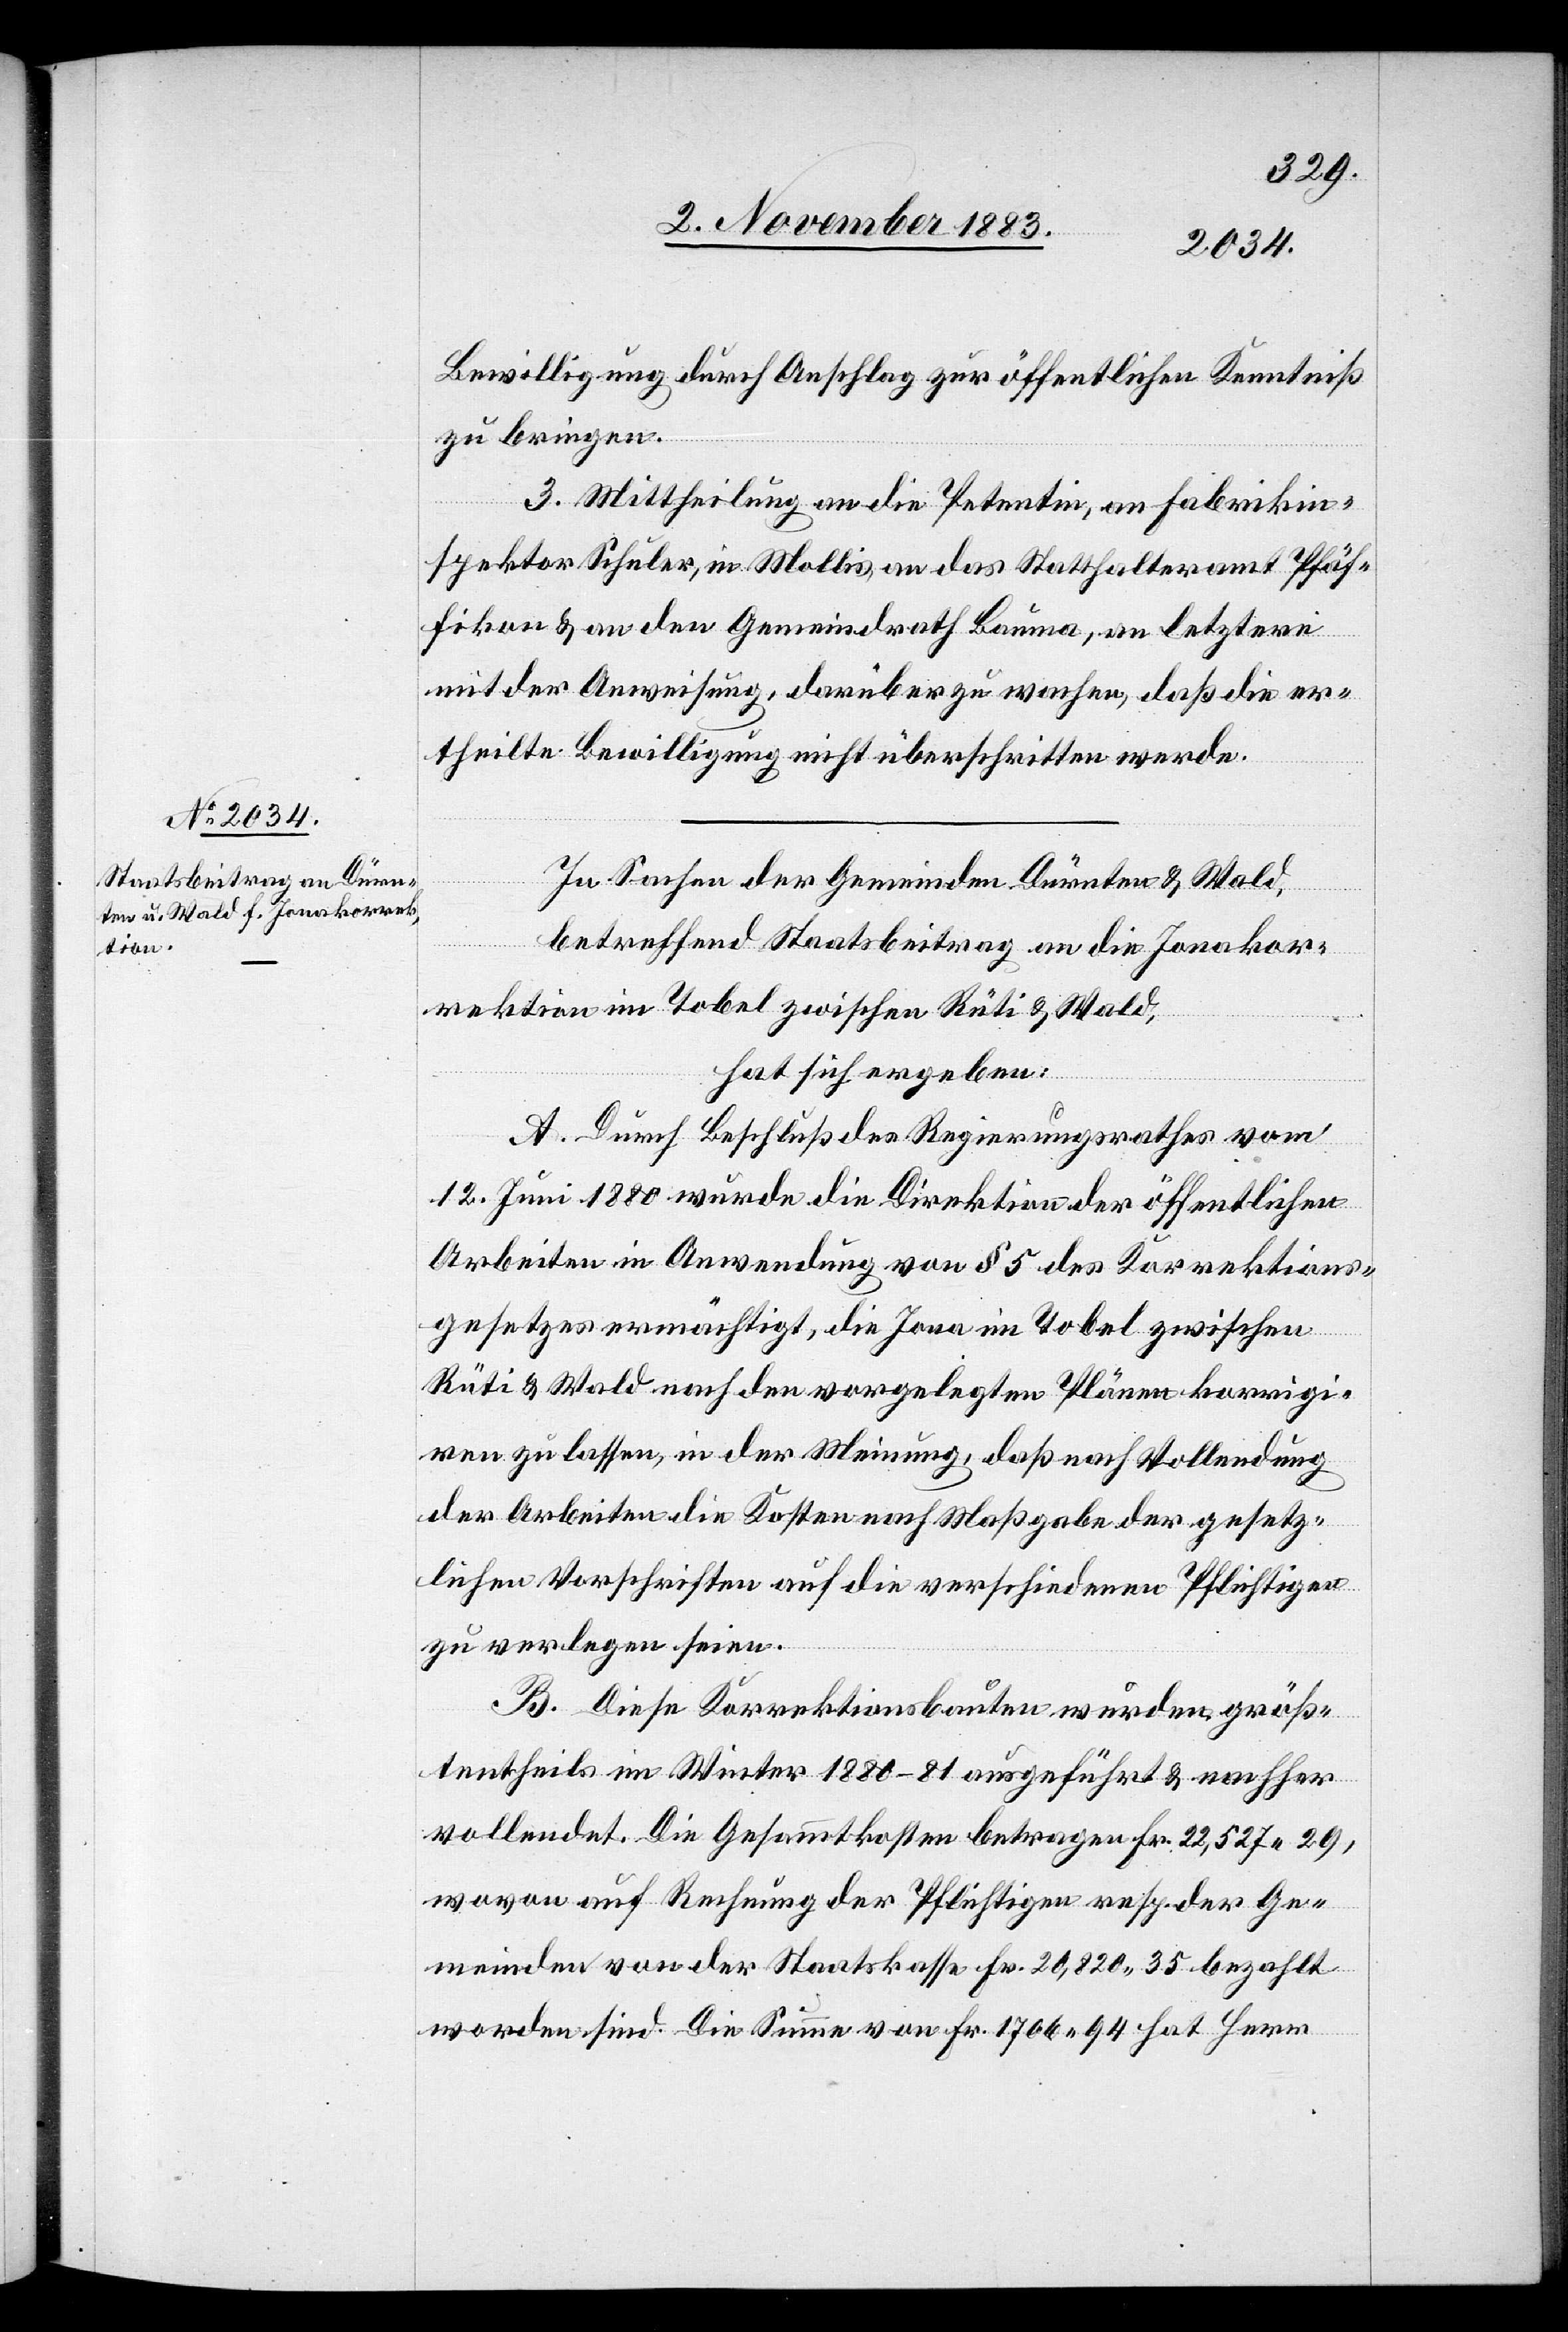
Bewilligung durch Anschlag zur öffentlichen Kenntniß
zu bringen.
3. Mittheilung an die Petentin, an Fabrikin¬
spektor Schuler, in Mollis, an das Statthalteramt Pfäf¬
fikon & an den Gemeindrath Bauma, an letztere
mit der Anweisung, darüber zu wachen, daß die er¬
theilte Bewilligung nicht überschritten werde.
In Sachen der Gemeinde Dürnten & Wald,
betreffend Staatsbeitrag an die Jonakor¬
rektion im Tobel zwischen Rüti & Wald,
hat sich ergeben:
A. Durch Beschluß des Regierungsrathes vom
12. Juni 1880 wurde die Direktion der öffentlichen
Arbeiten in Anwendung von § 5 des Korrektions¬
gesetzes ermächtigt, die Jona im Tobel zwischen
Rüti & Wald nach den vorgelegten Plänen korrigi¬
ren zu lassen, in der Meinung, daß nach Vollendung
der Arbeiten die Kosten nach Maßgabe der gesetz¬
lichen Vorschriften auf die verschiedenen Pflichtigen
zu verlegen seien.
B. Diese Korrektionsbauten wurden, größ¬
tentheils im Winter 1880–81 ausgeführt & nachher
vollendet. Die Gesammtkosten betragen Fr. 22,527 29,
wovon auf Rechnung der Pflichtigen resp. der Ge¬
meinden von der Staatskasse Fr. 20,820 35 bezahlt
worden sind. Die Summe von Fr. 1706 94 hat Herr